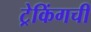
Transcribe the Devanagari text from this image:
ट्रेकिंगची